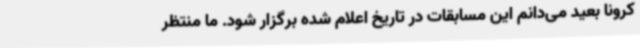
کرونا بعید می‌دانم این مسابقات در تاریخ اعلام شده برگزار شود. ما منتظر